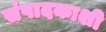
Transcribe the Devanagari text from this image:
संपादकाशी